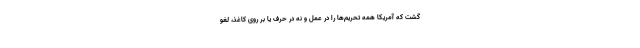
گشت که آمریکا همه تحریم‌ها را در عمل و نه در حرف یا بر روی کاغذ، لغو